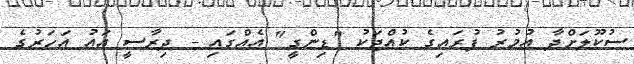
ސުކޫލަށްދާ އުމުރު ފުރައިގެ ކުއްޖަކު "ޑިންގީ" އެއްގައި - ދިރާސީ އައު އަހަރުގެ